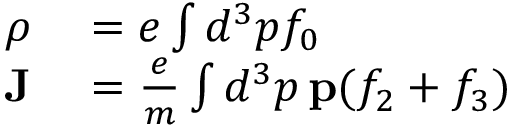
\begin{array} { r l } { \rho } & { { } = e \int d ^ { 3 } p f _ { 0 } } \\ { { \bf J } } & { { } = \frac { e } { m } \int d ^ { 3 } p \, \mathbf { p } ( f _ { 2 } + f _ { 3 } ) } \end{array}